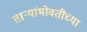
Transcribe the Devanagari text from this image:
ताऱ्यांभोवतीच्या